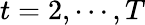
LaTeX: t=2,\cdots,T